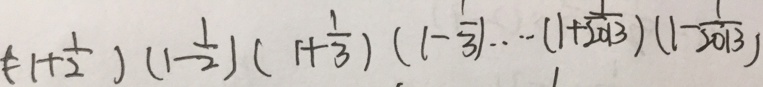
= ( 1 + \frac { 1 } { 2 } ) ( 1 - \frac { 1 } { 2 } ) ( 1 + \frac { 1 } { 3 } ) ( 1 - \frac { 1 } { 3 } ) \cdots ( 1 + \frac { 1 } { 2 0 1 3 } ) ( 1 - \frac { 1 } { 2 0 1 3 } )